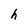
Character: h